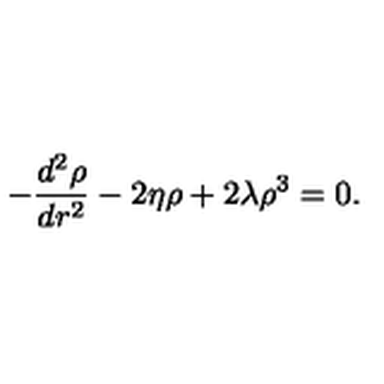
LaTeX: - \frac { d ^ { 2 } \rho } { d r ^ { 2 } } - 2 \eta \rho + 2 \lambda \rho ^ { 3 } = 0 .